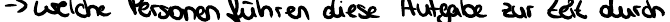
-> welche Personen führen diese Aufgaben zur Zeit durch